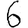
Digit: 6